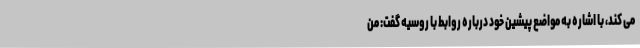
می کند، با اشاره به مواضع پیشین خود درباره روابط با روسیه گفت: من